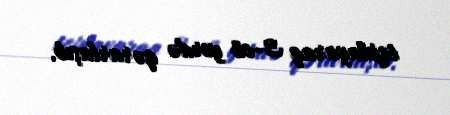
toplayaraq 3-cü yerdə qərarlaşıb.